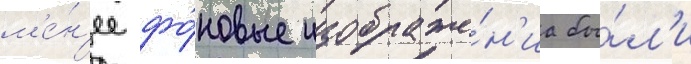
м'е́н'ее фо́новые изображе́н'иа бы́л'и